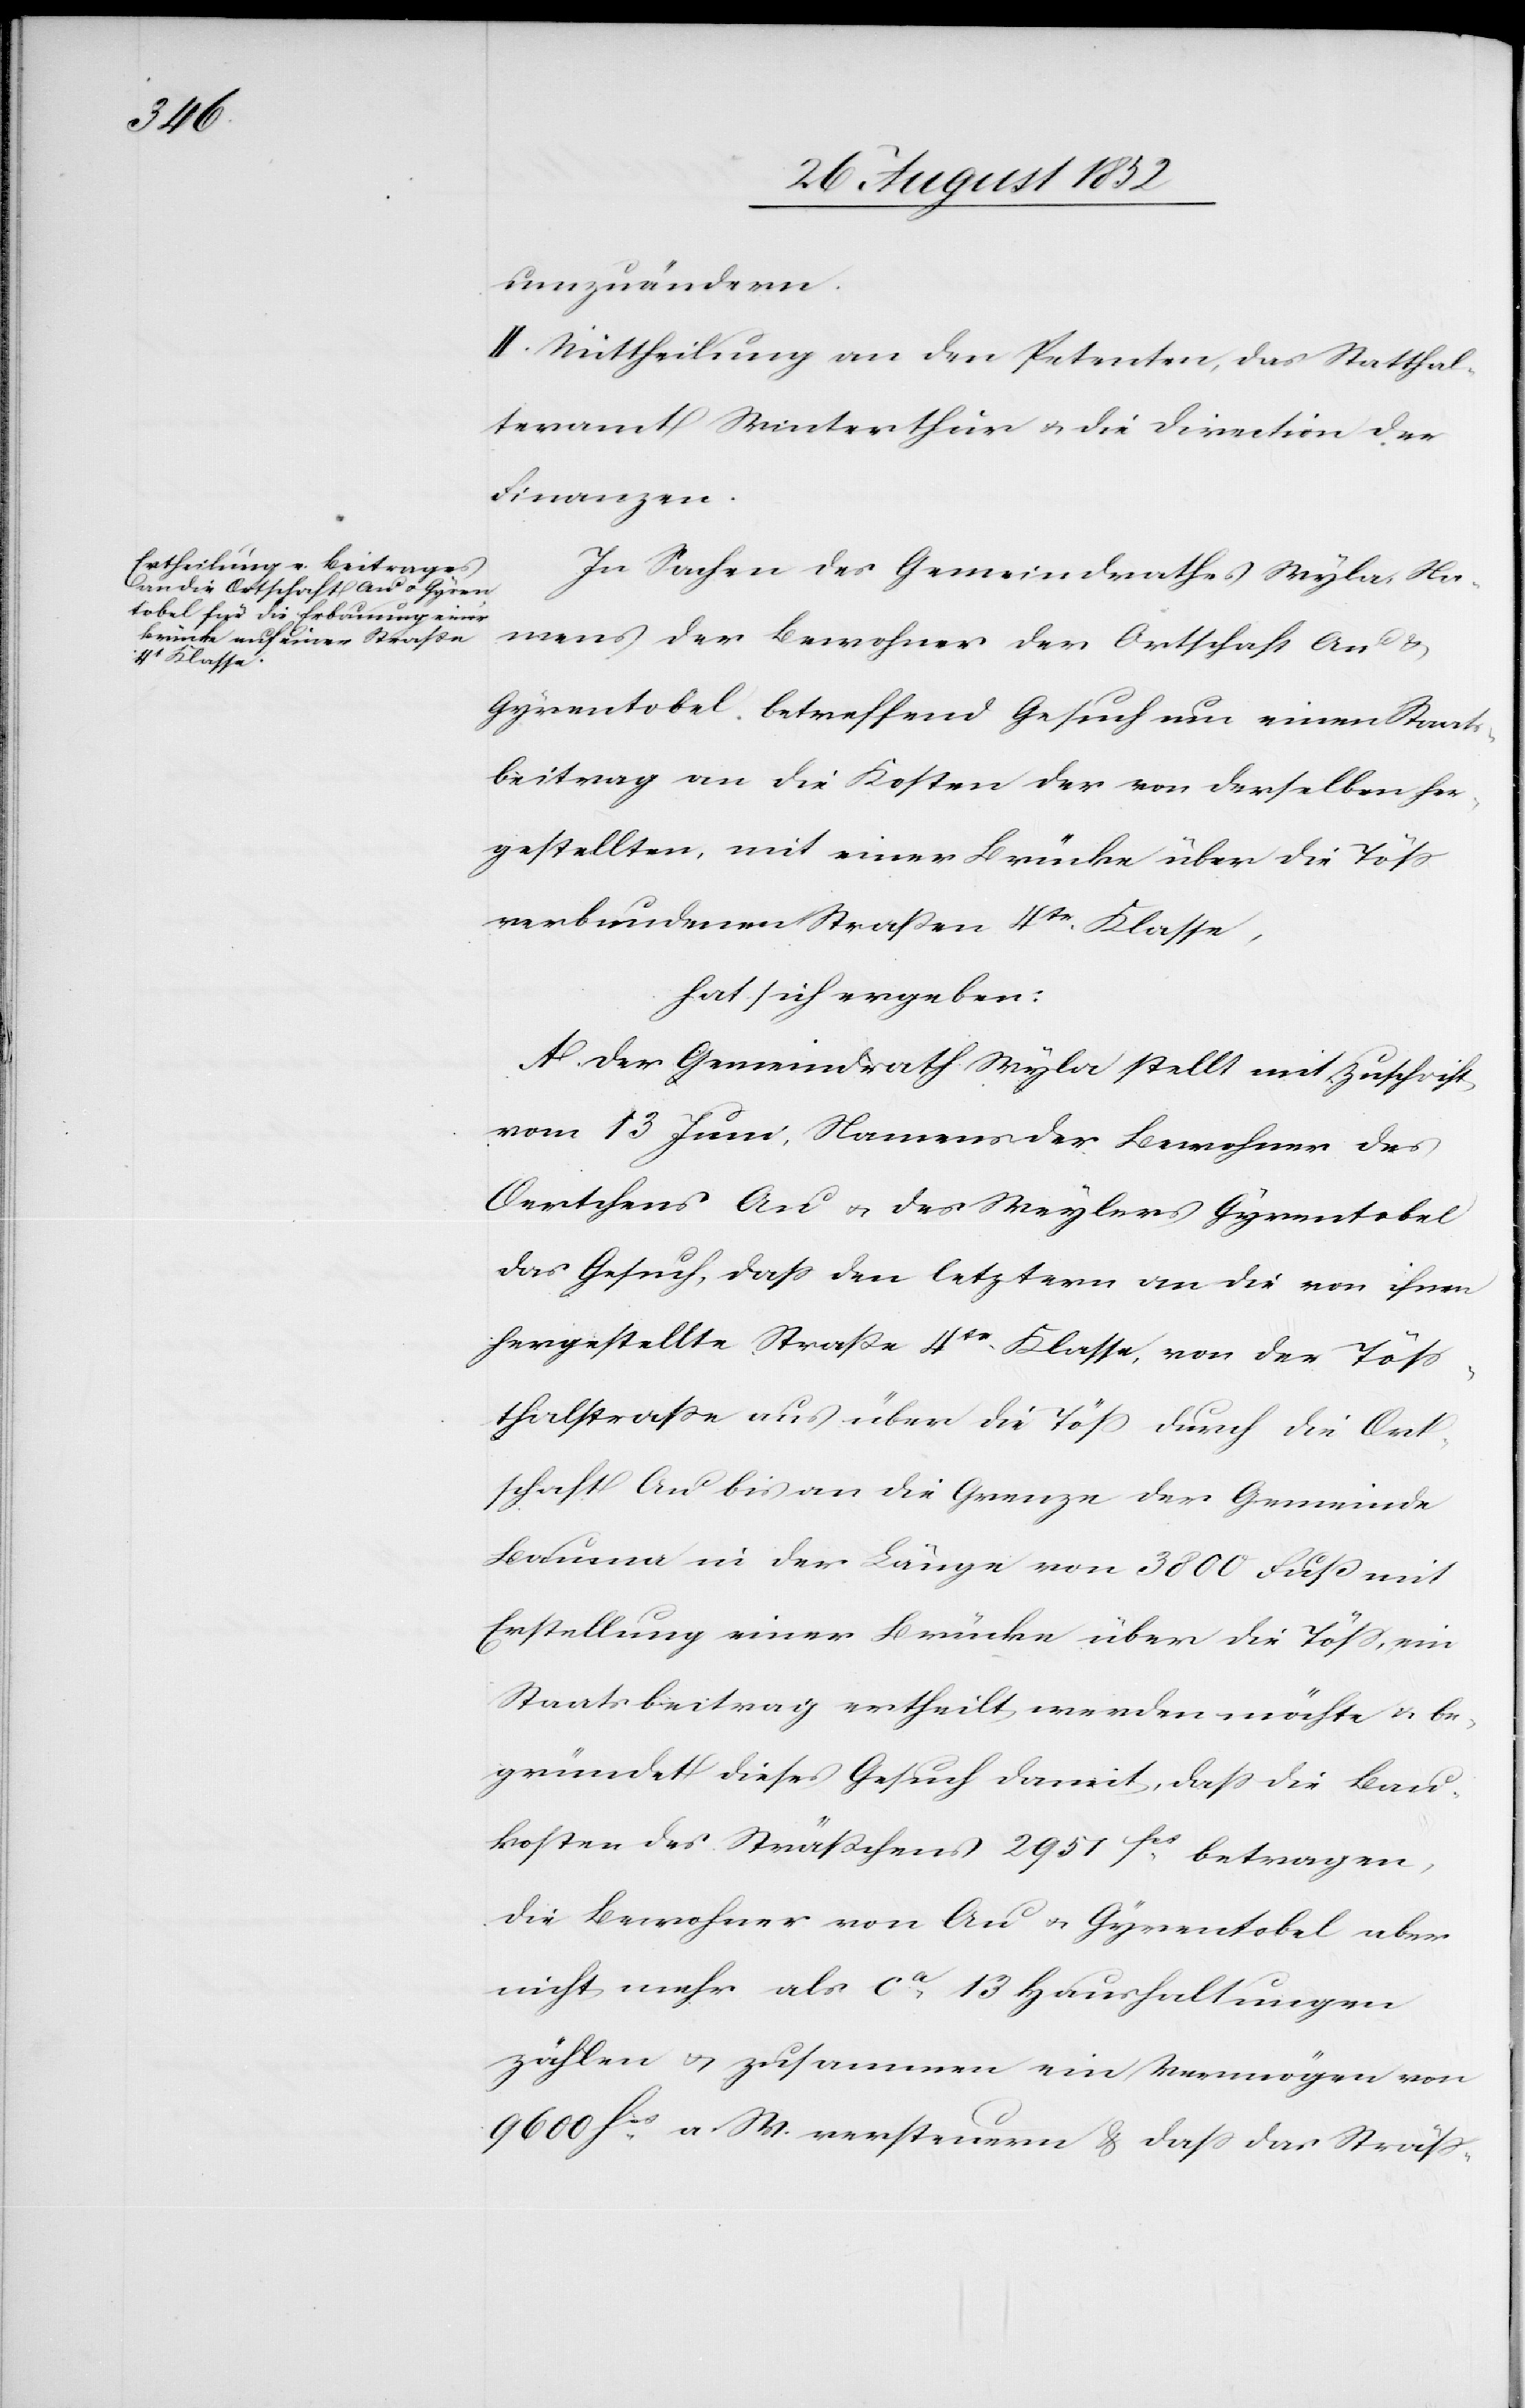
umzuändern.
II. Mittheilung an den Petenten, das Statthal¬
teramt Winterthur & die Direction der
Finanzen.
In Sachen des Gemeindrathes Wyla, Na¬
mens der Bewohner der Ortschaft Au &
Gyrentobel betreffend Gesuch um einen Staats¬
beitrag an die Kosten der von derselben her¬
gestellten, mit einer Brücke über die Töss
verbundenen Straßen [sic!] 4tr. Klasse,
hat sich ergeben:
A. Der Gemeindrath Wyla stellt mit Zuschrift
vom 13 Juni, Namens der Bewohner des
Oertchens Au & des Weylers Gyrentobel
das Gesuch, dass den letztern an die von ihnen
hergestellte Straße 4tr. Klasse, von der Töss¬
thalstrasse aus über die Töss durch die Ort¬
schaft Au bis an die Grenze der Gemeinde
Bauma in der Länge von 3800 Fuß mit
Erstellung einer Brücke über die Töss, ein
Staatsbeitrag ertheilt werden möchte & be¬
gründet dieses Gesuch damit, dass die Bau¬
kosten des Sträßchens 2951 fcs betragen,
die Bewohner von Au & Gyrentobel aber
nicht mehr als ca 13 Haushaltungen
zählen & zusammen ein Vermögen von
9600 fcs a. W. versteuern & dass das Sträss-